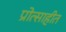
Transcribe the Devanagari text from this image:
प्रोत्साहीत